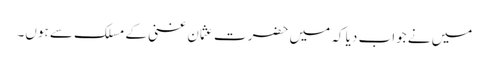
میں نے جواب دیا کہ میں حضرت عثمان غنی کے مسلک سے ہوں۔